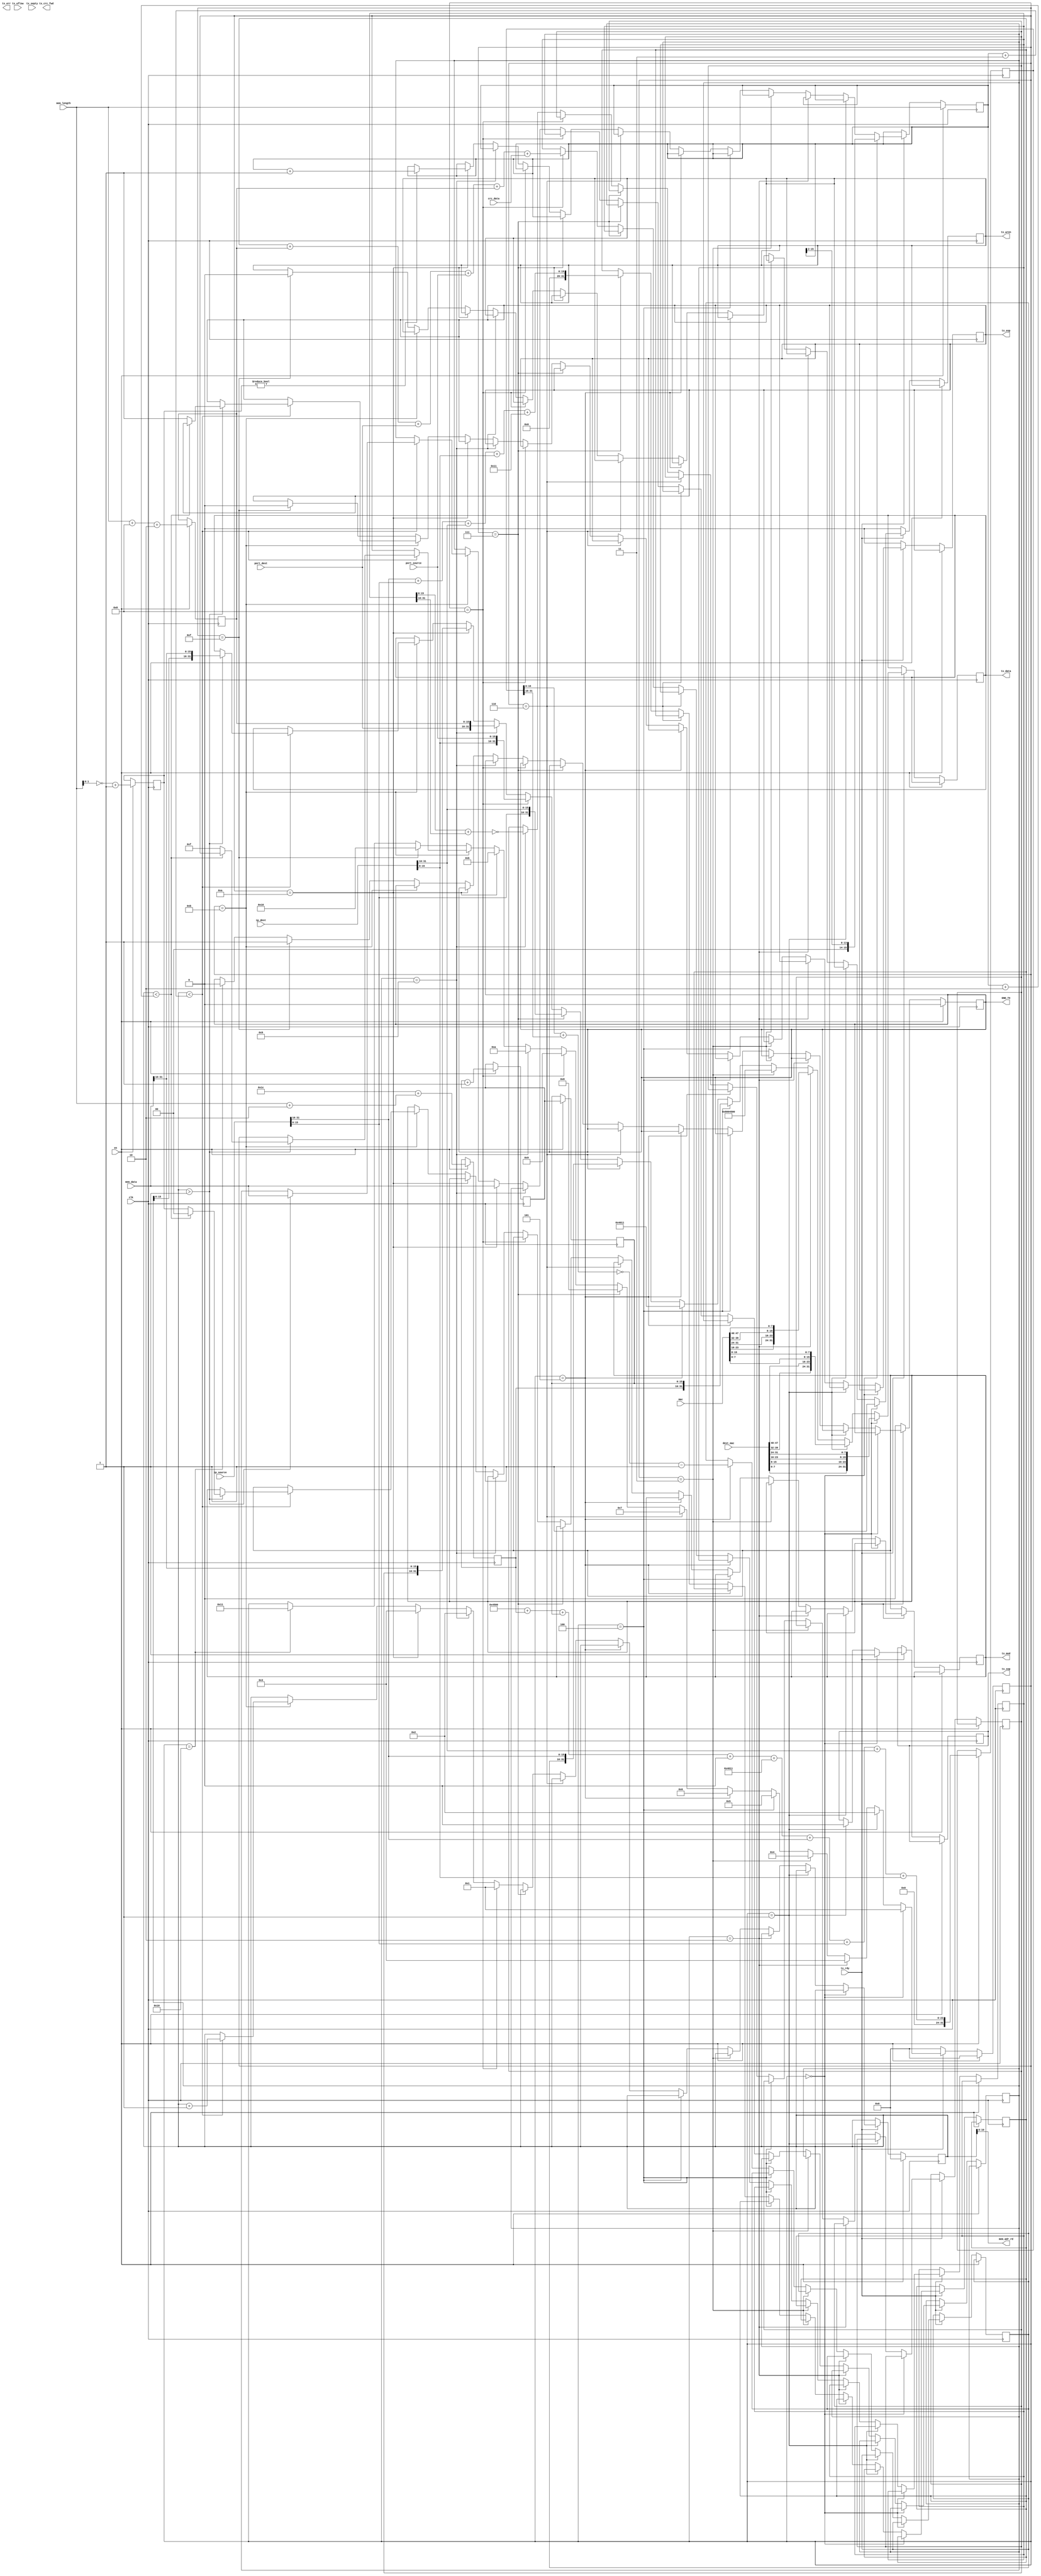
//-----------------------------------------------------------------------------
//
// Title       : udp_sender
// Design      : list
// Company     : Microsoft
//
//-----------------------------------------------------------------------------
//
// Generated   : Tue Feb  5 15:49:38 2019
// From        : interface description file
// By          : Itf2Vhdl ver. 1.22
//
//-----------------------------------------------------------------------------
//
// Description : 
//
//-----------------------------------------------------------------------------
`timescale 1 ns / 1 ps

//{{ Section below this comment is automatically maintained
//   and may be overwritten
//{module {udp_sender}}
module mk_to_udp_sender ( en,tx_uflow ,tx_septy ,tx_mod ,tx_err ,
					tx_crc_fwd ,tx_wren ,tx_rdy ,tx_eop ,
					tx_sop ,tx_data ,port_dest ,port_source ,ip_dest ,
					ip_source ,dest_mac ,mac ,clk ,mem_data,mem_adr_rd,
					mem_length,crc_data,END_TX);

 
output END_TX ;
wire END_TX ;

input  [31:0] crc_data;					
input  [31:0] mem_data;
output [10:0] mem_adr_rd;
input  [15:0] mem_length;
output [1:0] tx_mod ;
wire [1:0] tx_mod ;	//Indicates invalid bytes in the final frame word
output tx_err ;
wire tx_err ;
output tx_crc_fwd ;
wire tx_crc_fwd ;
output tx_wren ;
wire tx_wren ;
output tx_eop ;
wire tx_eop ;
output tx_sop ;
wire tx_sop ;
output [31:0] tx_data ;
wire [31:0] tx_data ;

input en ;
wire en ;
input tx_uflow ;
wire tx_uflow ;
input tx_septy ;
wire tx_septy ;
input tx_rdy ;
wire tx_rdy ;
input [15:0] port_dest ;
wire [15:0] port_dest ;
input [15:0] port_source ;
wire [15:0] port_source ;
input [31:0] ip_dest ;
wire [31:0] ip_dest ;
input [31:0] ip_source ;
wire [31:0] ip_source ;
input [47:0] dest_mac ;
wire [47:0] dest_mac ;
input [47:0] mac ;
wire [47:0] mac ;
input clk ;
wire clk ;

reg [15:0] step=1000;
reg [31:0] data_reg=0;
reg [31:0] crc_reg=0;

reg [1:0]  tx_mod_reg=0;
reg  tx_sop_reg=0;
reg  tx_eop_reg=0;
reg  tx_wren_reg=0;	
reg [15:0] sch=0;

reg [15:0] lenght_Type=16'h0800; 
reg [ 7:0] Version_IntHiderLengh=8'h45;   
reg [ 7:0] Diff_service=8'h00; 
reg [15:0] Total_length=16'd28;//20 (ip header) + 8 (udp header) + whithout 38 byte data of data	= 
reg [15:0] Identification=16'h00;	
reg [15:0] reg_Identification=16'h00;
reg [15:0] Flags_fragment_offset=0;	 
reg [ 7:0] Time_to_live=8'd64;	
reg [ 7:0] Protocol=8'h11;
reg [31:0] temp_Header_crc=0;
reg [15:0] Header_crc=0; 
reg [15:0] Length=46;//8 (UDP header) + 38 byte data
reg [31:0] Temp1_udp_checksum=0;
reg [31:0] Temp2_udp_checksum=0;
reg [15:0] Checksum=0;
reg [15:0] sch_ident=0;	
reg [15:0] z_length=0; 

reg END_TX_reg=0;

wire  [31:0] wire_Temp1_udp_checksum;
wire  [31:0] wire_Temp2_udp_checksum;
wire  [15:0] wire_Checksum;
wire  [15:0] wire_Header_crc; 
reg   [31:0] temp_mem_data;
reg   [ 1:0] mod_reg=0;

assign wire_Temp1_udp_checksum=(ip_source[31:16]+ip_source[15:0]+ip_dest[31:16]+ip_dest[15:0]+{8'h00,Protocol});
assign wire_Temp2_udp_checksum=(Temp1_udp_checksum+Length+port_dest+port_source+Length+crc_data);
assign wire_Checksum          =~(Temp2_udp_checksum[15:0]+Temp2_udp_checksum[31:16]);
assign wire_Header_crc        =(~(temp_Header_crc[15:0]+temp_Header_crc[31:16]))-1;

assign tx_sop=tx_sop_reg;
assign tx_eop=tx_eop_reg;
assign tx_wren=tx_wren_reg;
assign tx_data=data_reg;
assign tx_mod=tx_mod_reg; 

assign mem_adr_rd=sch;	
assign END_TX = END_TX_reg;

always @(posedge clk)
	
	if (en) 
		begin
		step<=0;	
		crc_reg<=0;	
		sch<=0;
		sch_ident<=sch_ident+1;
		reg_Identification<=sch_ident;//identification
		Length<=(mem_length+8+2);//8 -    UDP  4 -    CRC
		Total_length<=20+8+(mem_length+2);
		temp_Header_crc<={Version_IntHiderLengh,Diff_service}+Total_length+reg_Identification+Flags_fragment_offset+{Time_to_live,Protocol}+
		ip_source[31:16]+ip_source[15:0]+ip_dest[31:16]+ip_dest[15:0];
		z_length<=mem_length;
		mod_reg <=(~mem_length[1:0])+1'b1;//       -
		END_TX_reg<=0;
		end
	else
if (tx_rdy)
	begin
		
		if (step==0)   //------------------MAC header -----------------------
			begin
			z_length<=z_length>>2;	// 
			tx_wren_reg<=1;			//write enable	
			tx_sop_reg<=1;			//start of packet	
			data_reg<={dest_mac[7:0],dest_mac[15:8],dest_mac[23:16],dest_mac[31:24]};
			step<=1;				
			end	else
		if (step==1)
			begin
			tx_sop_reg<=0;//start of packet	
			data_reg<={dest_mac[39:32],dest_mac[47:40],mac[7:0],mac[15:8]};	
			step<=2;
			end	else
		if (step==2)
			begin
			data_reg<={mac[23:16],mac[31:24],mac[39:32],mac[47:40]};	
			step<=3;
			end	else
		if (step==3)               //--------------IP Header ---------
			begin
			data_reg<={lenght_Type,Version_IntHiderLengh,Diff_service};	//ip header = 2 octet
			step<=4;
			end	else
		if (step==4)
			begin
			data_reg<={Total_length,reg_Identification};	 //	 ip header = 4 octet
			step<=5;
			end	else  
		if (step==5)
			begin
			data_reg<={Flags_fragment_offset,Time_to_live,Protocol}; //	 ip header = 4 octet	
			step<=6;
			Header_crc<=wire_Header_crc;	
			end	else
		if (step==6)
			begin
			data_reg<={Header_crc,ip_source[31:16]};		 //	 ip header = 4 octet
			step<=7;
			end	else
		if (step==7)
			begin
			data_reg<={ip_source[15:0],ip_dest[31:16]};		 //	 ip header = 4 octet
			step<=8;
			Temp1_udp_checksum<=wire_Temp1_udp_checksum;
			end	else
		if (step==8)
			begin
			data_reg<={ip_dest[15:0],port_source};	    //	 ip header = 2 octet   //----------UDP---------------	udp header =  2 octet 
			step<=9;
			Temp2_udp_checksum<=wire_Temp2_udp_checksum;//Length -   
			sch<=1;
			end	else		
		if (step==9)
			begin
			data_reg<={port_dest,Length};	// udp header =  4 octet 
			step<=10;		
			Checksum<=wire_Checksum;
			sch<=2;
			end	else 
		if (step==10)
			begin
			data_reg<={Checksum,mem_data[31:16]};	//start data 8'h00 - rezerv	 channel -   udp header =  2 octet + 2 
			temp_mem_data<=mem_data;
			step<=11;
			sch<=3;
			if (mod_reg!=0) z_length<=z_length+1;
			end	else 
		if (step==11) //Data transfer	2 octet  + 32 (8*4)data +4 octet (crc) = 40 octet
			begin			
			if (sch<(z_length+3)) 
				begin
		        if (sch>1) 
		        	begin
		        	data_reg     <={temp_mem_data[15:0],mem_data[31:16]};
		        	temp_mem_data<=mem_data;//mem_data
		        	if (sch<(z_length+2))  tx_mod_reg	 <=0; 
		        					 else  
		        					 begin
		        					 tx_mod_reg<=mod_reg;// Transmit data modulo. Indicates invalid bytes in the final frameword:
		        					 tx_eop_reg<=1'b1;	//end of packet	
		        					 step<=15;//
		        					 end
		        	end
				sch<=sch+1; 
				end
			end	else
		if (step==15)
			begin
			tx_wren_reg<=0;//write desable
			tx_eop_reg<=1'b0;
			step<=16;
			END_TX_reg<=1;
			end else
		if (step==16)
			begin
			step<=17;
			END_TX_reg<=0;
			end 			
	 end 
	 else
		 begin
		 tx_wren_reg<=0;//write desable
		 tx_eop_reg<=1'b0;
		 step<=0;
		 END_TX_reg<=0;
		 end
	 
endmodule